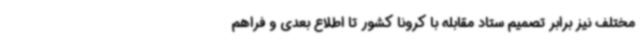
مختلف نیز برابر تصمیم ستاد مقابله با کرونا کشور تا اطلاع بعدی و فراهم